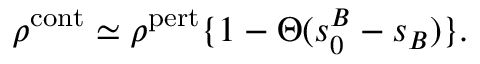
\rho ^ { \mathrm { c o n t } } \simeq \rho ^ { \mathrm { p e r t } } \{ 1 - \Theta ( s _ { 0 } ^ { B } - s _ { B } ) \} .